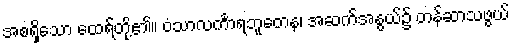
အစရှိသော ထေရ်တို့၏။ ဝံသာလင်္ကာရဘူတေန၊ အဆက်အနွယ်၌ တန်ဆာသဖွယ်